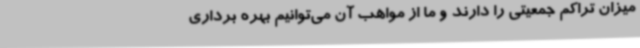
میزان تراکم جمعیتی را دارند و ما از مواهب آن می‌توانیم بهره برداری